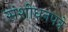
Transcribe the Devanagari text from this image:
संशोधनपत्रे